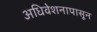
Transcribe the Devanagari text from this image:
अधिवेशनापासून